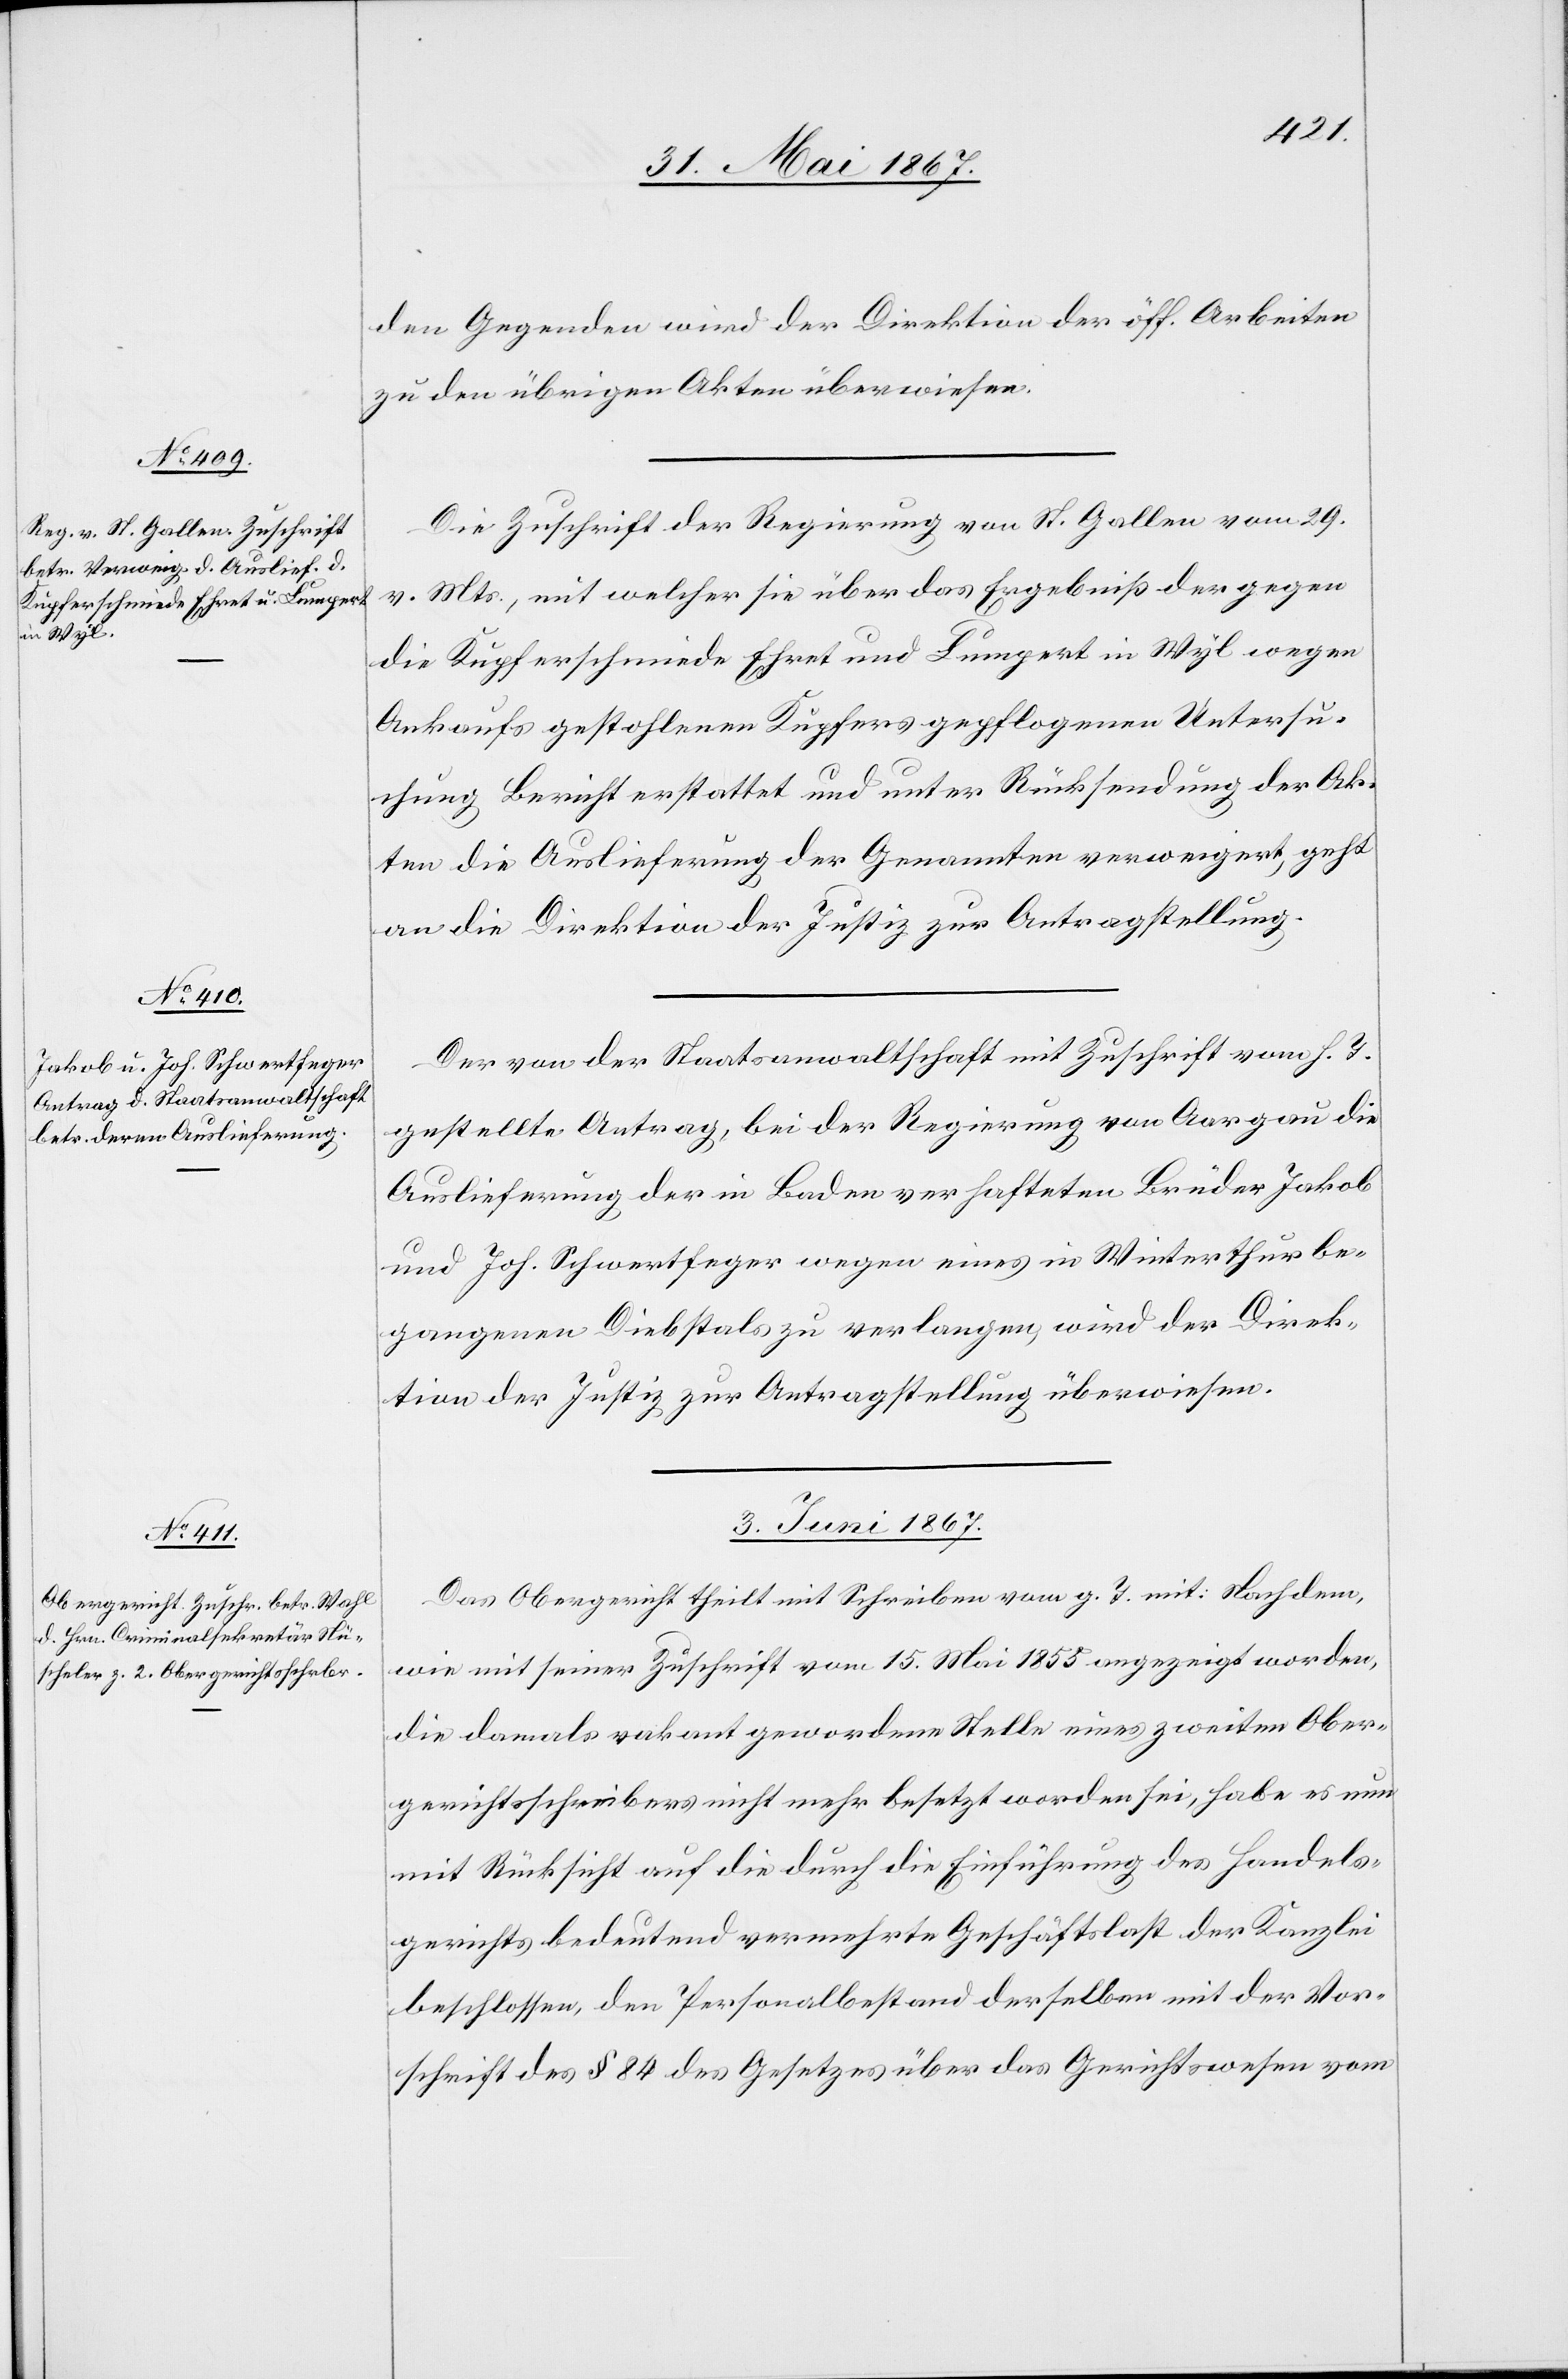
den Gegenden wird der Direktion der öff. Arbeiten
zu den übrigen Akten überwiesen.
Die Zuschrift der Regierung von St. Gallen vom 29.
v. Mts., mit welcher sie über das Ergebniß der gegen
die Kupferschmiede Ehret und Lumpert in Wyl wegen
Ankaufs gestohlenen Kupfers gepflogenen Untersu¬
chung Bericht erstattet und unter Rücksendung der Ak¬
ten die Auslieferung der Genannten verweigert, geht
an die Direktion der Justiz zur Antragstellung.
Der von der Staatsanwaltschaft mit Zuschrift vom h. T.
gestellte Antrag, bei der Regierung von Aargau die
Auslieferung der in Baden verhafteten Brüder Jakob
und Joh. Schwertfeger wegen eines in Winterthur be¬
gangenen Diebstals zu verlangen, wird der Direk¬
tion der Justiz zur Antragstellung überwiesen.
1. Juni 1867.]
Das Obergericht theilt mit Schreiben vom g. T. mit: Nachdem,
wie mit seiner Zuschrift vom 15. Mai 1858 angezeigt worden,
die damals vakant gewordene Stelle eines zweiten Ober¬
gerichtsschreibers nicht mehr besetzt worden sei, habe es nun
mit Rücksicht auf die durch die Einführung des Handels¬
gerichts bedeutend vermehrte Geschäftslast der Kanzlei
beschlossen, den Personalbestand derselben mit der Vor¬
schrift des § 84 des Gesetzes über das Gerichtswesen vom